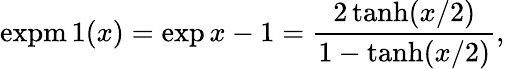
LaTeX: \operatorname{expm1}(x)=\exp x-1={\frac{2\operatorname{tanh}(x/2)}{1-\operatorname{tanh}(x/2)}},